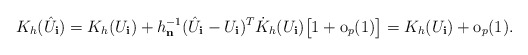
\begin{align*}K_{h}(\hat{U}_{\mathbf{i}})=K_{h}(U_{\mathbf{i}})+h_{\mathbf{n}}^{-1}(\hat{U}_{\mathbf{i}}-U_{\mathbf{i}})^{T}\dot{K}_{h}(U_{\mathbf{i}})\bigl[1+\mathrm{o}_{p}(1)\bigr]=K_{h}(U_{\mathbf{i}})+\mathrm{o}_{p}(1).\end{align*}